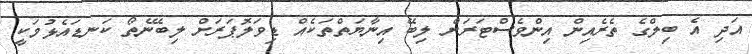
އަދި އެ ބިލްގެ ތެރެއިން އިންވެސްޓަރަށް ލިބޭ އިނާޔަތްތަކެއް ޑިވަލޮޕަރަށް ލިބޭނެތޯ ކަނޑައެޅުމަކީ